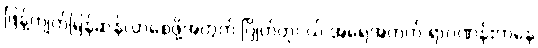
ဖြန့်ကျက်မြန်ဆန်လာစေဖို့အတွက် ဂြိုဟ်တုငယ် အရေအတွက် ရာဂဏန်းကနေ